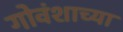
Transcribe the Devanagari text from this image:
गोवंशाच्या